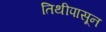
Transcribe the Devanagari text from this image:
तिथीपासून